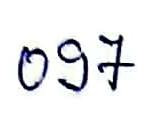
097